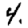
Digit: 4